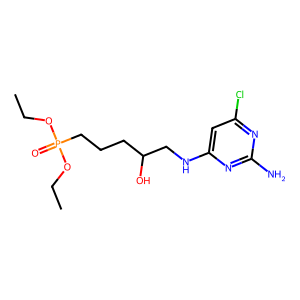
SMILES: CCOP(=O)(CCCC(O)CNc1cc(Cl)nc(N)n1)OCC
Inhibits HIV replication: No